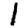
Digit: 1